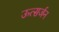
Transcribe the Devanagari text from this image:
ऊत्सर्जन